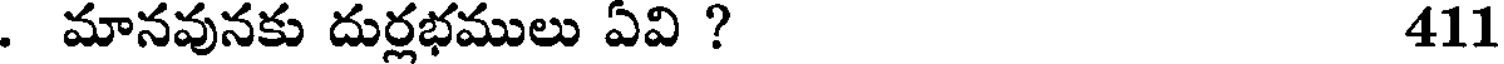
. మానవునకు దుర్లభములు ఏవి ? 411